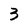
Character: 3